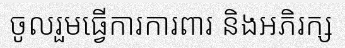
ចូលរួមធ្វើការការពារ និងអភិរក្ស